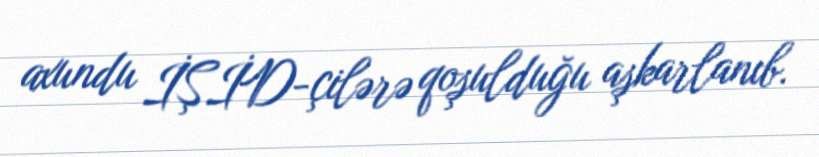
axundu İŞİD-çilərə qoşulduğu aşkarlanıb.